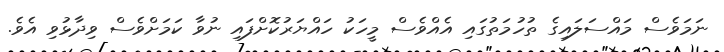
ނަމަވެސް މައްސަލައިގެ ތުހުމަތުގައި އެއްވެސް މީހަކު ހައްޔަރުކޮށްފައި ނުވާ ކަމަށްވެސް ވިދާޅުވި އެވެ.